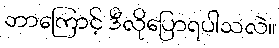
ဘာကြောင့် ဒီလိုပြောရပါသလဲ။